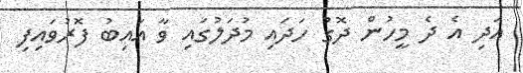
އަދި އެ ދެ މީހުން ދޮގު ހަދައި މުދަލުގައި ވާ އައިބު ފޮރުވައިފި